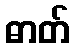
ဓာတ်